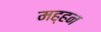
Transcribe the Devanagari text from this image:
मह्हन